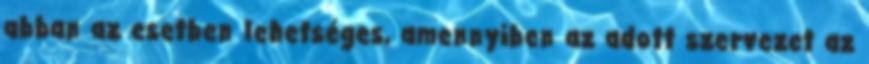
abban az esetben lehetséges, amennyiben az adott szervezet az